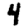
Digit: 4